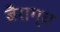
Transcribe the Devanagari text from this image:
बैराग्य